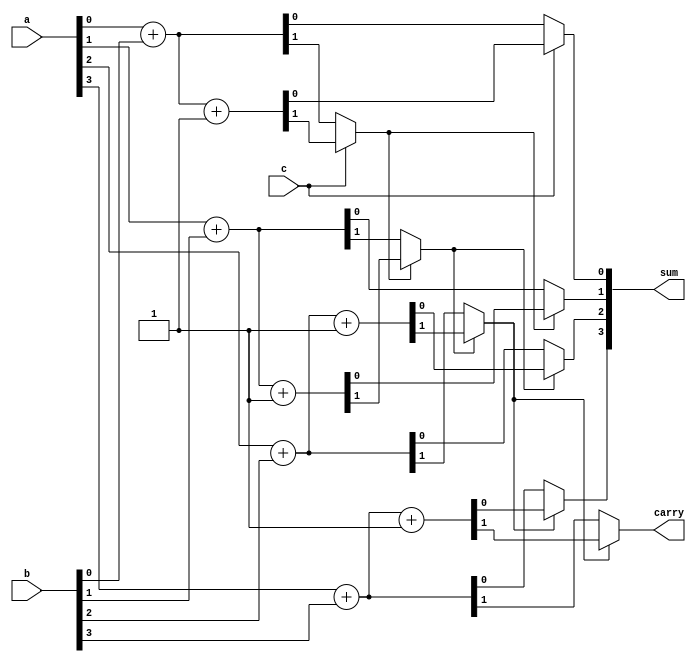
module cseladdbeh(a,b,c,sum,carry);
input [3:0] a;
input [3:0] b;
input c;
output reg [3:0] sum;
output reg carry;

reg [3:0] zero;
reg [3:0] one;
reg [3:0] zerocarry;
reg [3:0] onecarry;

reg[2:0] car;

always @(*)
begin
	{zerocarry[0],zero[0]} = a[0]+b[0];
	{zerocarry[1],zero[1]} = a[1]+b[1];
	{zerocarry[2],zero[2]} = a[2]+b[2];
	{zerocarry[3],zero[3]} = a[3]+b[3];

	{onecarry[0],one[0]} = a[0]+b[0]+1;
	{onecarry[1],one[1]} = a[1]+b[1]+1;
	{onecarry[2],one[2]} = a[2]+b[2]+1;
	{onecarry[3],one[3]} = a[3]+b[3]+1;
	
	sum[0] = c?one[0]:zero[0];
	car[0] = c?onecarry[0]:zerocarry[0];
	sum[1] = car[0]?one[1]:zero[1];
	car[1] = car[0]?onecarry[1]:zerocarry[1];
	sum[2] = car[1]?one[2]:zero[2];
	car[2] = car[1]?onecarry[2]:zerocarry[2];
	sum[3] = car[2]?one[3]:zero[3];
	carry = car[2]?onecarry[3]:zerocarry[3];
end
endmodule